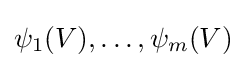
\psi _{1}(V),\ldots ,\psi _{m}(V)